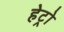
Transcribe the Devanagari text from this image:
हेट्रो